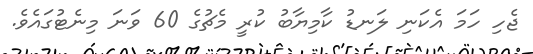
ޖެހި ހަމަ އެކަނި ލަނޑު ކާމިޔާބު ކުރީ މެޗުގެ 60 ވަނަ މިނެޓުގައެވެ.